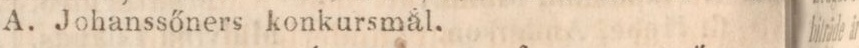
A. Johanssőners konkursmål.